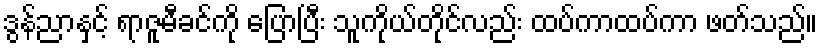
ဒွန်ညာနှင့် ရာဇူမီခင်ကို ပြောပြီး သူကိုယ်တိုင်လည်း ထပ်ကာထပ်ကာ ဖတ်သည်။